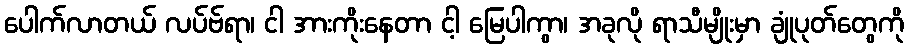
ပေါက်လာတယ် လပ်ဗ်ရာ၊ ငါ အားကိုးနေတာ ငါ့ မြေပါကွာ၊ အခုလို ရာသီမျိုးမှာ ချုံပုတ်တွေကို